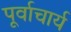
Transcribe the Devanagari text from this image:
पूर्वाचार्य